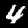
Digit: 4